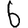
Digit: 6